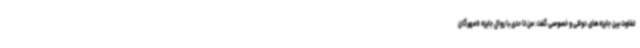
تفاوت بین جایزه‌های دولتی و خصوصی گفت: من تا حدی با روال جایزه «مهرگان